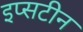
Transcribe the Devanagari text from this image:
इप्सटीन